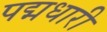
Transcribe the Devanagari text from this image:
पद्मधारी